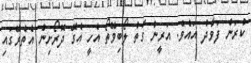
ކުރަން ފަވާދު އައެވެ. އަރީން ގާތު ލޯބިވޭތޯ އެހީ އެގޭ ދޮރޯށިން އެތެރޭގައި